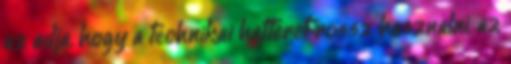
az adja, hogy a technikai hatteret rossz hasznalni, az